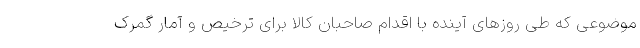
موضوعی که طی روزهای آینده با اقدام صاحبان کالا برای ترخیص و آمار گمرک